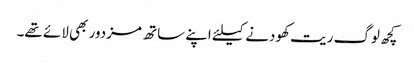
کچھ لوگ ریت کھودنے کیلئے اپنے ساتھ مزدور بھی لائے تھے۔